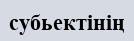
субьектінің